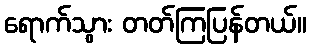
ရောက်သွား တတ်ကြပြန်တယ်။